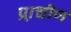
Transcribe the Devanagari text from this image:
प्रा़चीण